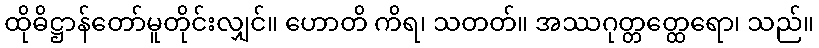
ထိုဓိဋ္ဌာန်တော်မူတိုင်းလျှင်။ ဟောတိ ကိရ၊ သတတ်။ အဿဂုတ္တတ္ထေရော၊ သည်။